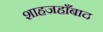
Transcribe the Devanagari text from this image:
शाहजहाँबाद